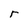
Character: r